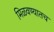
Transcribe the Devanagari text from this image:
मिळवण्यातच